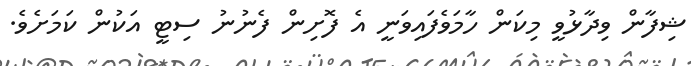
ޝިފާން ވިދާޅުވީ މިކަން ހާމަވެފައިވަނީ އެ ފޮށިން ފެނުނު ސިޓީ އަކުން ކަމަށެވެ.